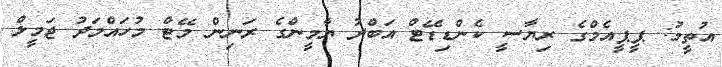
އުތީމު: ޕީޕީއެމްގެ ރިޔާސީ ކެންޑިޑޭޓް އަބްދު ޔާމީންގެ ރަނިން މޭޓް މުހައްމަދު ޖަމީލް